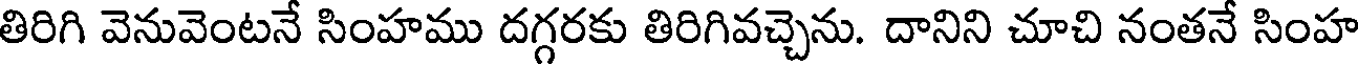
తిరిగి వెనువెంటనే సింహము దగ్గరకు తిరిగివచ్చెను. దానిని చూచి నంతనే సింహ